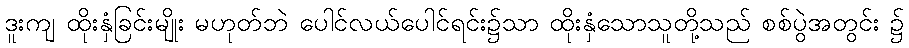
ဒူးကျ ထိုးနှံခြင်းမျိုး မဟုတ်ဘဲ ပေါင်လယ်ပေါင်ရင်း၌သာ ထိုးနှံသောသူတို့သည် စစ်ပွဲအတွင်း ၌